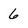
Character: 6